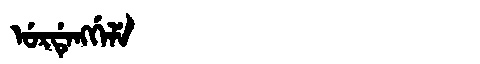
Manchu: ᡠᡵᡩᡝᠩᡤᡝᠯᡝ
Romanization: URDENGGELE